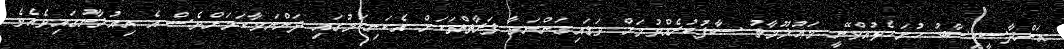
އަންދާސީހިސާބު ހުށަހެޅުއްވޭނީ މަޢުލޫމާތު ސާފުކުރެއްވުމަށް ވަޑައިގަންނަވާ ފަރާތްތަކަށް އެކަނިކަމުގައި ދަންނަވާކަމަށްވެސް އެ އިއުލާނުގައިވެއެވެ.